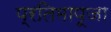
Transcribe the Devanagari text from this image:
प्रतिमापूजा